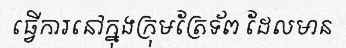
ធ្វើការនៅក្នុងក្រុមត្រែទ័ព ដែលមាន